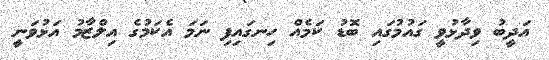
އަދީބު ވިދާޅުވީ ގައުމުގައި ބޮޑު ކަމެއް ހިނގައިފި ނަމަ އެކަމުގެ އިލްޒާމު އަޅުވަނީ